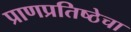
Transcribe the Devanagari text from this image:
प्राणप्रतिष्ठेचा